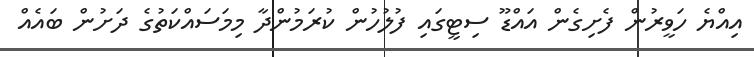
އިއްޔެ ހަވީރުން ފެށިގެން އައްޑޫ ސިޓީގައި ފުލުހުން ކުރަމުންދާ މިމަސައްކަތުގެ ދަށުން ބައެއް